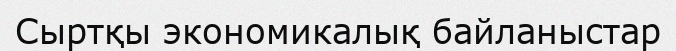
Сыртқы экономикалық байланыстар